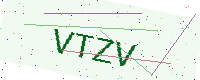
Text: VTZV